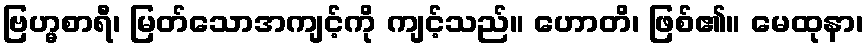
ဗြဟ္မစာရီ၊ မြတ်သောအကျင့်ကို ကျင့်သည်။ ဟောတိ၊ ဖြစ်၏။ မေထုနာ၊